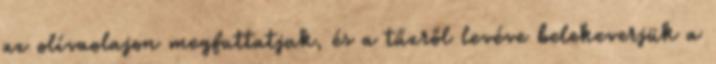
az olívaolajon megfuttatjuk, és a tűzről levéve belekeverjük a